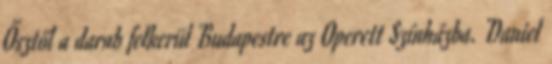
Ősztől a darab felkerül Budapestre az Operett Színházba. Daniel